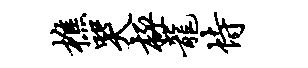
樵哭极龙恃